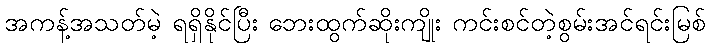
အကန့်အသတ်မဲ့ ရရှိနိုင်ပြီး ဘေးထွက်ဆိုးကျိုး ကင်းစင်တဲ့စွမ်းအင်ရင်းမြစ်